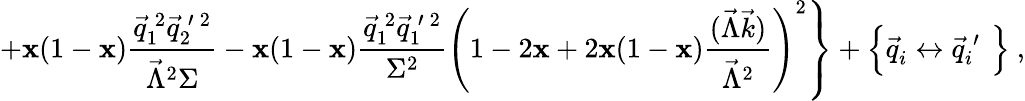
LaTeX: \left.+\mathbf{x}(1-\mathbf{x})\frac{{\vec{{q}}_{1}^{\: 2}\vec{{q}}_{2}^{\: \prime\: 2}}}{{\vec{{\Lambda}}^{2}\Sigma}}-\mathbf{x}(1-\mathbf{x})\frac{{\vec{{q}}_{1}^{\: 2}\vec{{q}}_{1}^{\: \prime\: 2}}}{{\Sigma^{2}}}\left(1-2\mathbf{x}+2\mathbf{x}(1-\mathbf{x})\frac{{(\vec{{\Lambda}}\vec{{k}})}}{{\vec{{\Lambda}}^{2}}}\right)^{2}\right\} +\left\{ \vec{{q}}_{i}^{~}\leftrightarrow\vec{{q}}_{i}^{\: \prime}\phantom{\frac{{.}}{{.}}}\! \! \right\} ~,